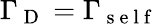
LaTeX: \Gamma_{\mathrm{~D~}}=\Gamma_{\mathrm{~s~e~l~f~}}